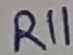
Text: R11